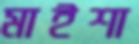
মাইশা